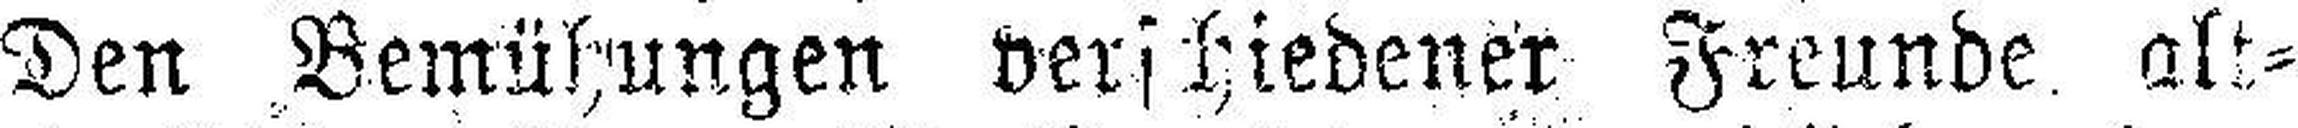
Den Bemühungen verschiedener Freunde alt¬